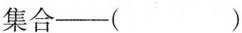
集合——( )